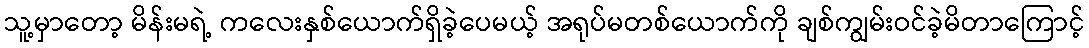
သူ့မှာတော့ မိန်းမရဲ့ ကလေးနှစ်ယောက်ရှိခဲ့ပေမယ့် အရုပ်မတစ်ယောက်ကို ချစ်ကျွမ်းဝင်ခဲ့မိတာကြောင့်